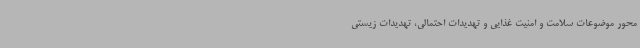
محور موضوعات سلامت و امنیت غذایی و تهدیدات احتمالی، تهدیدات زیستی